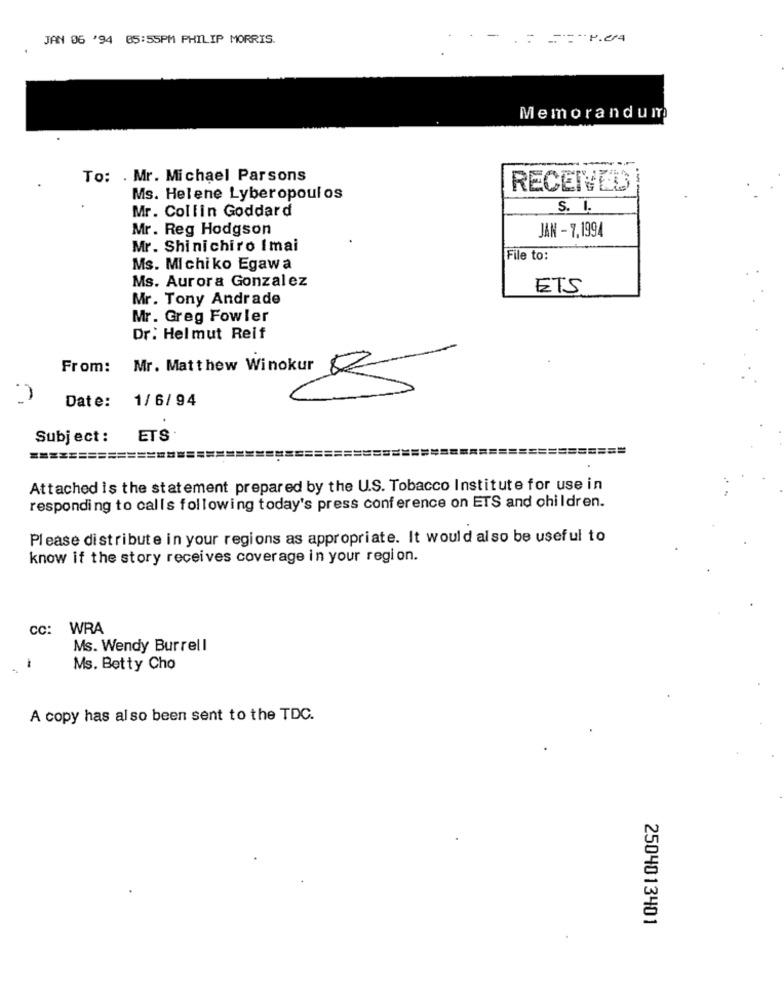
JAN 06 '94 05:55PM PHILIP MORRIS.
-
Memorandum
To: . Mr. Michael Parsons
--
RECEIVED
Ms. Helene Lyberopoulos
Mr. Collin Goddard
S. I.
Mr. Reg Hodgson
JAN - 7,1994
Mr. Shinichiro Imai
File to:
Ms. Michiko Egawa
Ms. Aurora Gonzalez
ETS
Mr. Tony Andrade
Mr. Greg Fowler
Dr. Helmut Reif
From: Mr. Matthew Winokur
Date:
1/6/94
Subject:
ETS
==========
=====
===============
Attached is the statement prepared by the U.S. Tobacco Institute for use in
responding to calls following today's press conference on ETS and children.
Please distribute in your regions as appropriate. It would also be useful to
know if the story receives coverage in your region.
cc: WRA
Ms. Wendy Burrell
-
Ms. Betty Cho
A copy has also been sent to the TDC.
2504013401